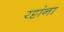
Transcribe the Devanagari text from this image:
रट्टांना